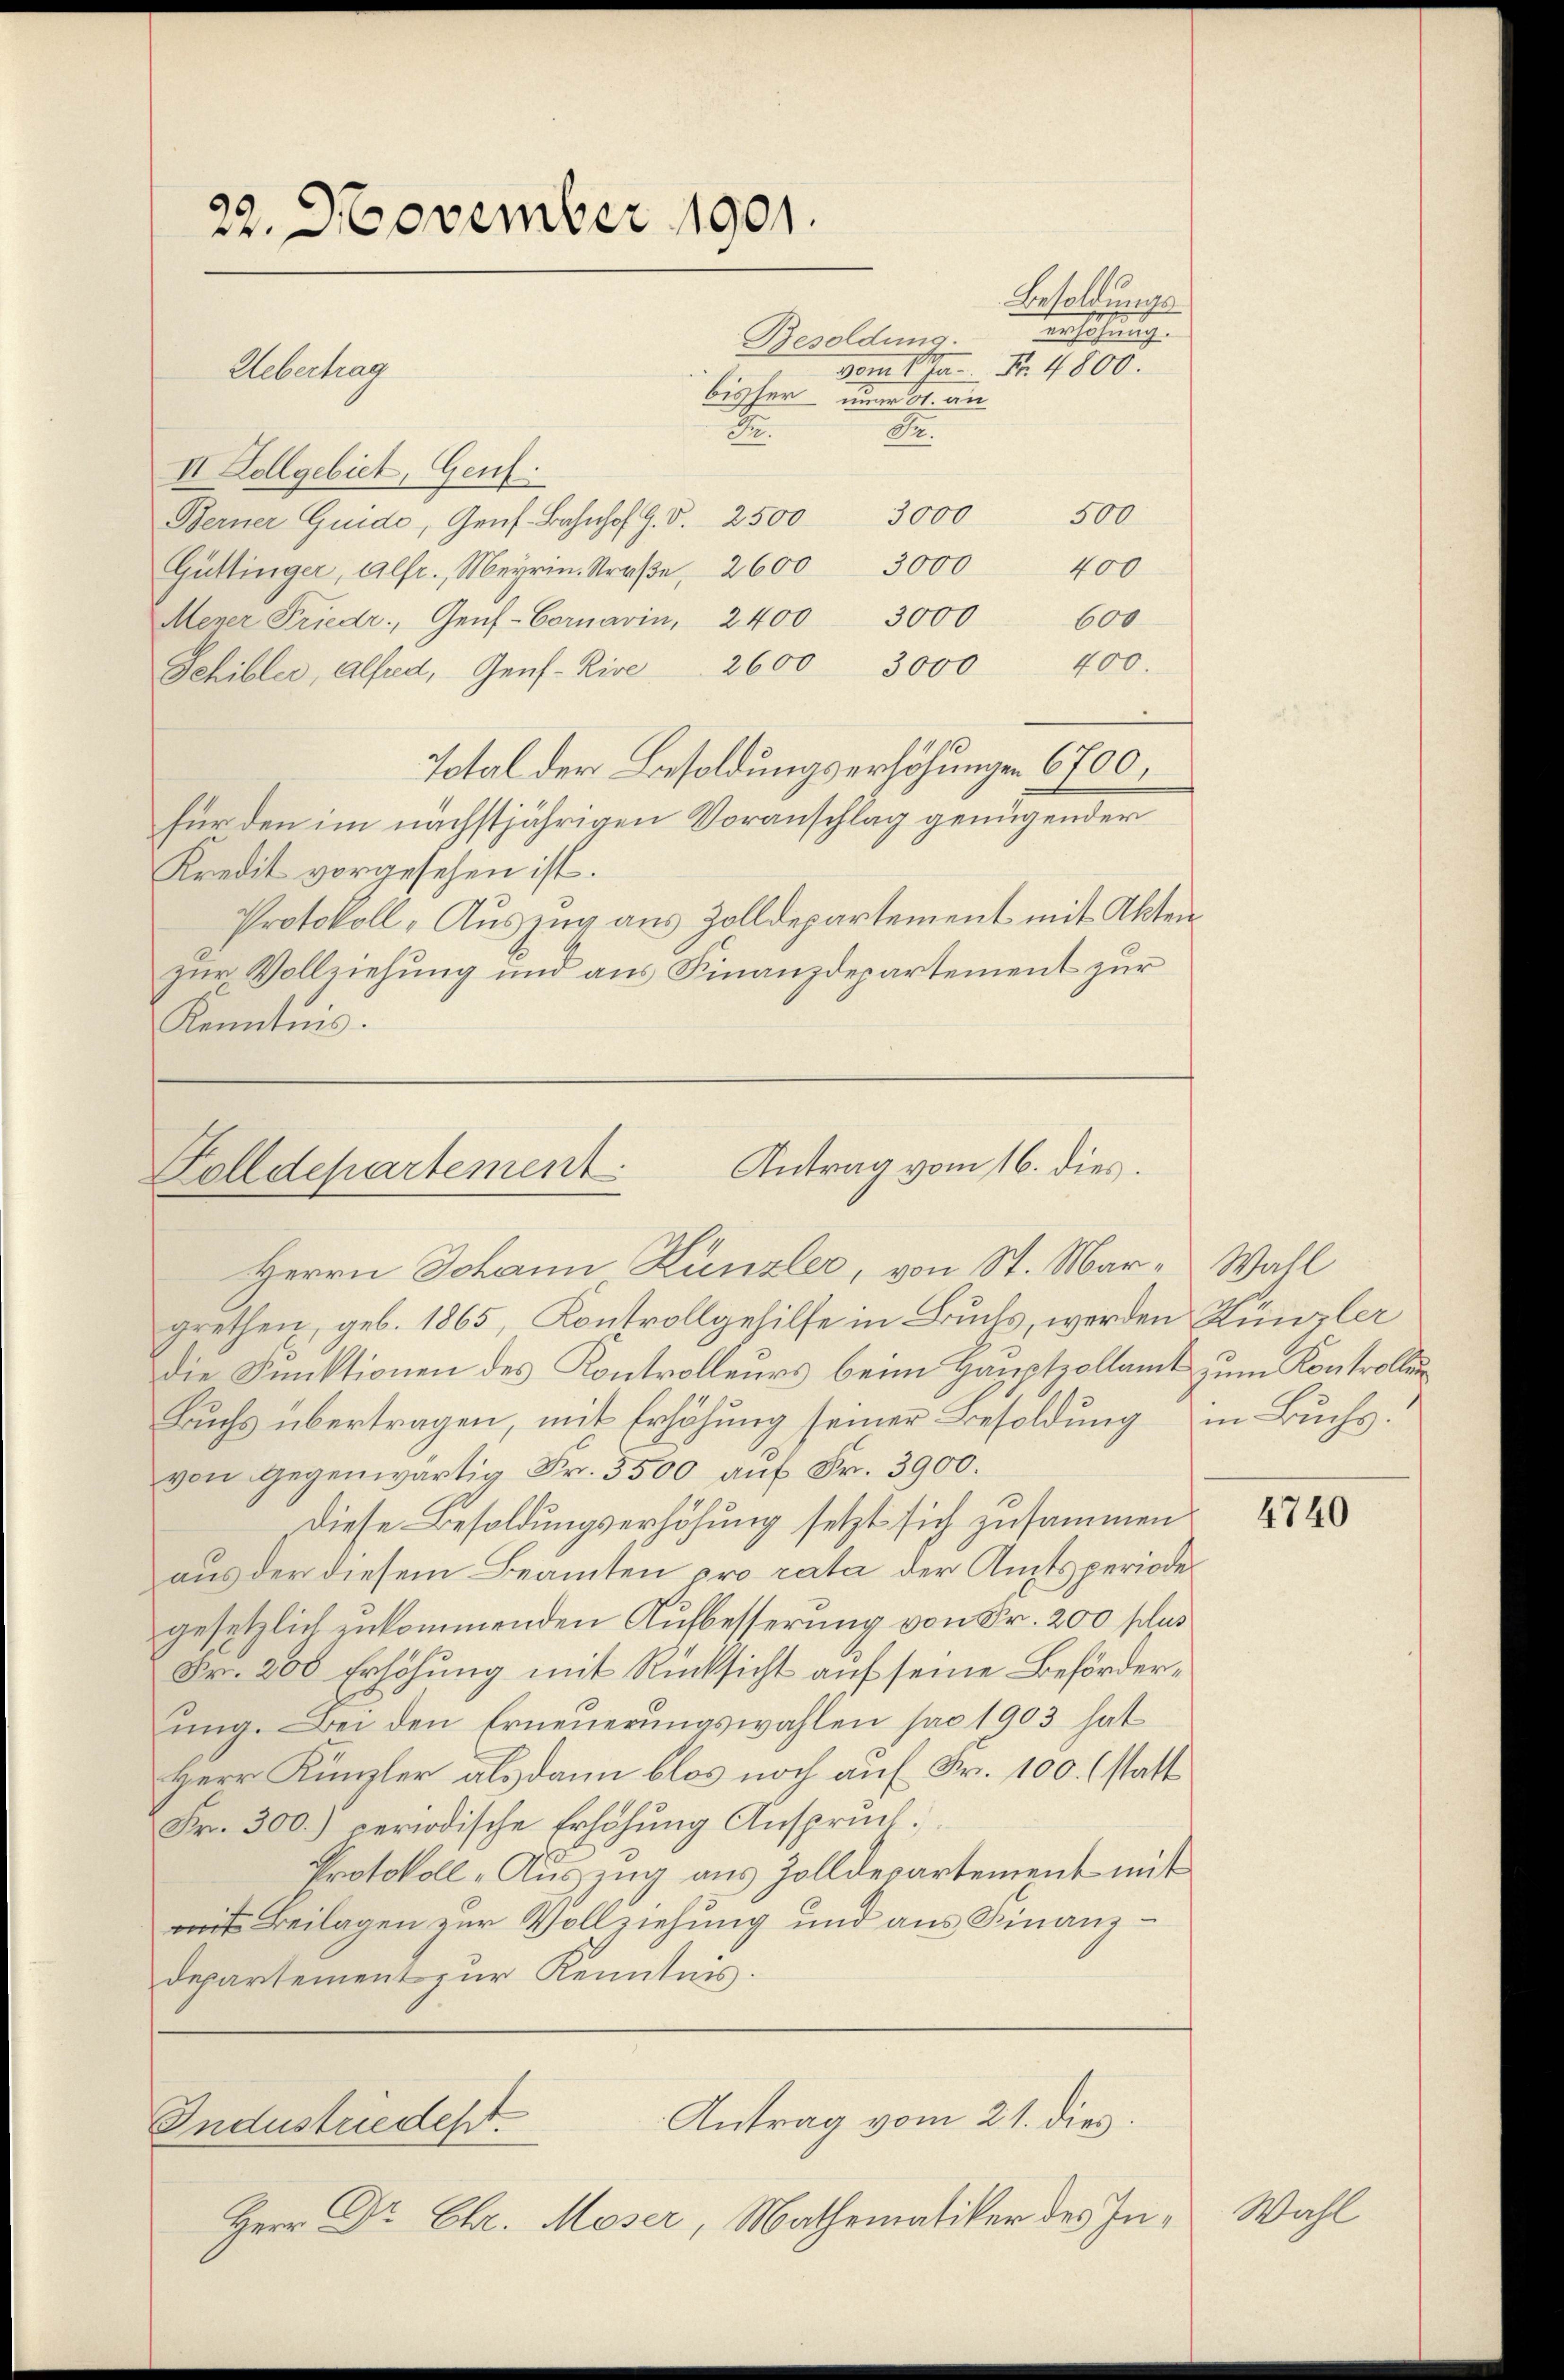
22. November 1901.

Besoldung.
bisher neben
Dr.
II Lollgebiet, Genf.
Berner Guide, Genf. Bahnhof G. S. 2500
3000
400
Güttinger, Alfr., Meyrin. Straße, 2600
3000 600
Mener Friedr. Genf-Cornavin, 2400
Sehibler, Alfred, Genf-Rive 2600 3000 400.
Total der Besoldungserhöhungen 6700.
für den im nächstjährigen Voranschlag genügender
Kredit vorgesehen ist.
Protokoll, Auszug aus Zolldepartement mit Aktenzur Vollziehung und aus Finanzdepartement zur
Kenntnis.

Uebertrag

Dr.
500
3000

vom 14. No. 4800.

Antrag vom 16. dies
Folldepartement
Herrn Johann Künzler, von St. Mar. Wahl

Antrag vom 21. dies
Industriedest.

Besoldungs
ansehung.

grethen, geb. 1865, Kontrollgehilfe in Buchs, werden Künzler
Die Funktionen des Kontrolleurs beim Hauptzollamt zum Kontrollen
Buchs übertragen, mit Erhöhung seiner Besoldung in Buchs.
von Gegenwärtig Fr. 3500 auf Fr. 3900.
Diese Besoldungserhöhung setzt sich zusammenaus der diesem Beamten pro rata der Amtsperiode
gesetzlich zukommenden Aufbesserung von Fr. 200 plus
Fr. 200 Erhöhung mit Rücksicht auf seine Beförderŭng. Bei den Erneŭerŭngswahlen pro 1903 hat
Herr Künzler alsdann blos noch auf Fr. 100. (statt
Fr. 300.) periodische Erhöhung Anspruch:
Protokoll „Auszug aus Zolldepartement mit
mit Beilagen zur Vollziehung und aus Finanzdepartement zur Kenntnis.

Herr Dr. Chr. Moser, Mathematiker des In¬

4740

Mahl